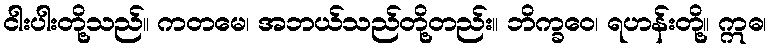
ငါးပါးတို့သည်။ ကတမေ၊ အဘယ်သည်တို့တည်း။ ဘိက္ခဝေ၊ ရဟန်းတို့။ ဣဓ၊